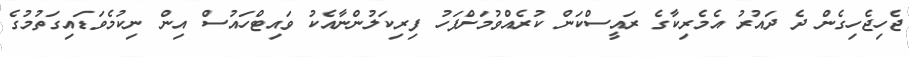
ޖެހިޖެހިގެން ދެ ދައުރު އެމެރިކާގެ ރައީސްކަން ކުރެއްވުމަށްފަހު ފިރިކަލުންނާއެކު ވައިޓްހައުސް އިން ނިކުމެވަޑައިގަތުމުގެ